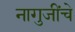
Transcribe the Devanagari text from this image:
नागुजींचे